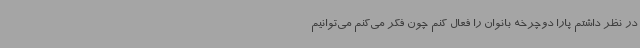
در نظر داشتم پارا دوچرخه بانوان را فعال کنم چون فکر می‌کنم می‌توانیم